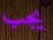
يجب